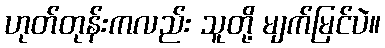
ဟုတ်တုန်းကလည်း သူတို့ မျက်မြင်ပဲ။